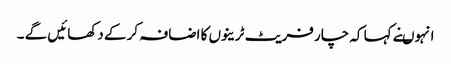
انہوںنے کہا کہ چار فریٹ ٹرینوں کا اضافہ کر کے دکھائیں گے ۔